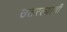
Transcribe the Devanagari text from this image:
उतरल्याची